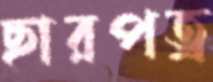
ছারপত্র